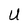
Character: U